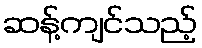
ဆန့်ကျင်သည့်